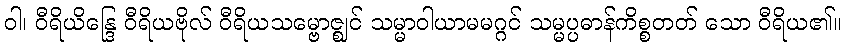
ဝါ၊ ဝီရိယိန္ဒြေ ဝီရိယဗိုလ် ဝီရိယသမ္ဗောဇ္ဈင် သမ္မာဝါယာမမဂ္ဂင် သမ္မပ္ပဓာန်ကိစ္စတတ် သော ဝီရိယ၏။